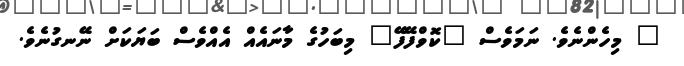
" މިހެންނެވެ. ނަމަވެސް "ކޮވްފޭފޭ" މިބަހުގެ މާނައެއް އެއްވެސް ބަޔަކަށް ނޭނގުނެވެ.